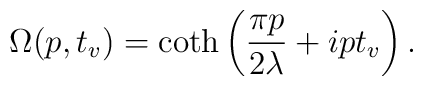
\Omega(p,t_v)= \coth\left(\frac{\pi p}{2\lambda}+ipt_v\right).